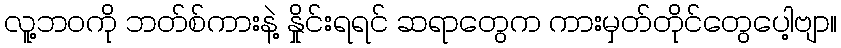
လူ့ဘဝကို ဘတ်စ်ကားနဲ့ နှိုင်းရရင် ဆရာတွေက ကားမှတ်တိုင်တွေပေါ့ဗျာ။